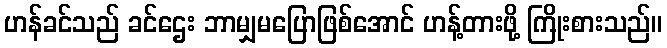
ဟန်ခင်သည် ခင်ဌေး ဘာမျှမပြောဖြစ်အောင် ဟန့်တားဖို့ ကြိုးစားသည်။